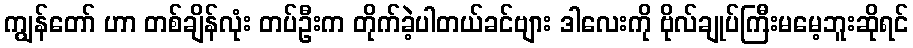
ကျွန်တော် ဟာ တစ်ချိန်လုံး တပ်ဦးက တိုက်ခဲ့ပါတယ်ခင်ဗျား ဒါလေးကို ဗိုလ်ချုပ်ကြီးမမေ့ဘူးဆိုရင်